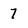
Character: 7